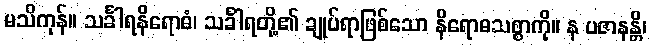
မသိကုန်။ သင်္ခါရနိရောဓံ၊ သင်္ခါရတို့၏ ချုပ်ရာဖြစ်သော နိရောဓသစ္စာကို။ န ပဇာနန္တိ၊